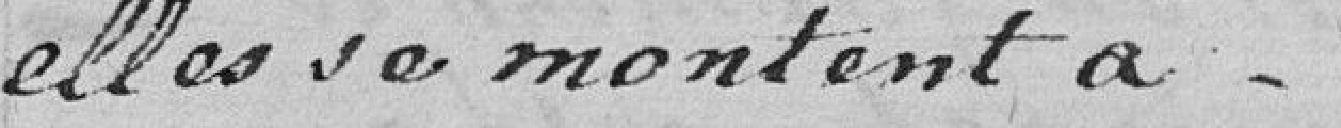
elles se montent à.